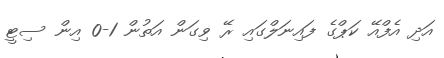
އަދި އެފްއޭ ކަޕްގެ ފައިނަލްގައި ރޭ ވިގަން އަތުން 1-0 އިން ސިޓީ